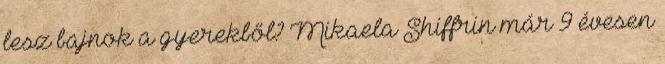
lesz bajnok a gyerekből? Mikaela Shiffrin már 9 évesen